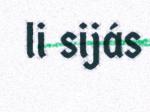
li sijás